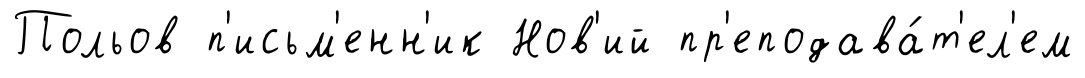
Польов п'исьм'енн'ик Нов'ий пр'еподава́т'ел'ем